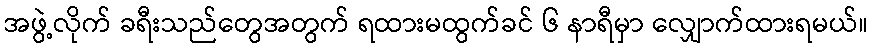
အဖွဲ့လိုက် ခရီးသည်တွေအတွက် ရထားမထွက်ခင် ၆ နာရီမှာ လျှောက်ထားရမယ်။